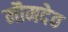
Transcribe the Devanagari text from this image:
मौमदेव